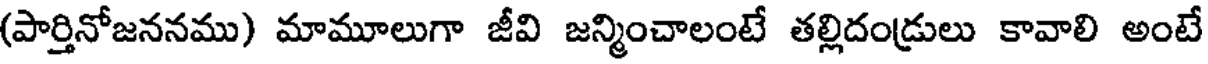
(పార్తినోజననము) మామూలుగా జీవి జన్మించాలంటే తల్లిదండ్రులు కావాలి అంటే